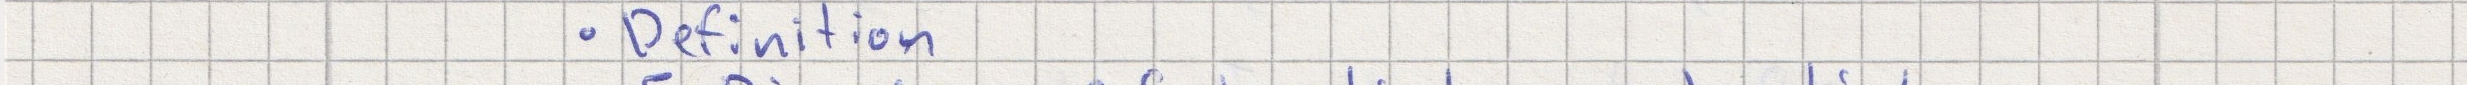
- Definition